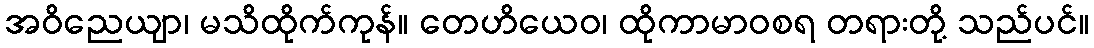
အဝိညေယျာ၊ မသိထိုက်ကုန်။ တေဟိယေဝ၊ ထိုကာမာဝစရ တရားတို့ သည်ပင်။